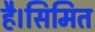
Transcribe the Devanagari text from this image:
है।सिमित